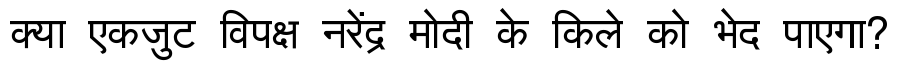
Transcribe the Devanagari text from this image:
क्या एकजुट विपक्ष नरेंद्र मोदी के किले को भेद पाएगा?